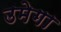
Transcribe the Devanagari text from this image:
उमेगा